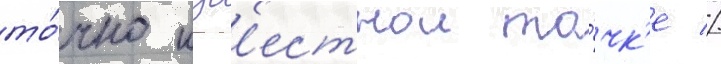
то́чно изв'естнои то́чк'е //